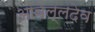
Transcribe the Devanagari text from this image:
आवेल्लदेव